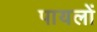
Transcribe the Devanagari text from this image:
पायलों